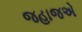
જહાજએ